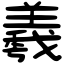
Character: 羲